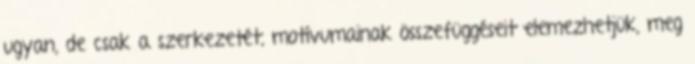
ugyan, de csak a szerkezetét, motívumainak összefüggéseit elemezhetjük, meg